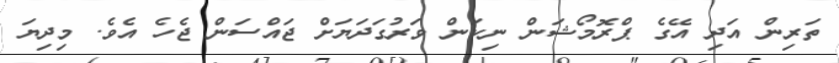
ތަރިން އަދި އޭގެ ޕްރޮމޯޝަން ނިކަން ވަރުގަދަޔަށް ޖައްސަން ޖެހެ އެވެ. މިދިޔަ